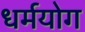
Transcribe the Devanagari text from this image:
धर्मयोग